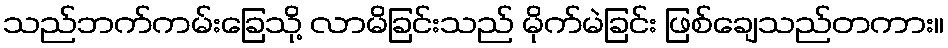
သည်ဘက်ကမ်းခြေသို့ လာမိခြင်းသည် မိုက်မဲခြင်း ဖြစ်ချေသည်တကား။